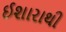
ઈશારાથી